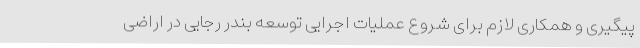
پیگیری و همکاری لازم برای شروع عملیات اجرایی توسعه بندر رجایی در اراضی